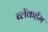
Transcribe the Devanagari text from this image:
ब्लॅकहॅम